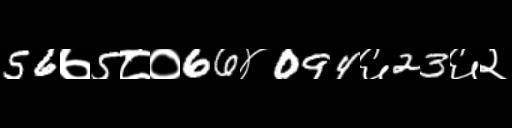
Text: 56७5८०66४094६23६२